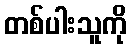
တစ်ပါးသူကို